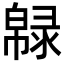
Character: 𢅞